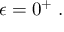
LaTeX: \epsilon = 0 ^ { + } \; .